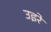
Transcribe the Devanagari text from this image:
उइरे